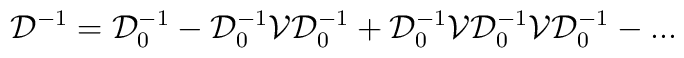
{\mathcal D}^{-1} = {\mathcal D}_0 ^{-1} - {\mathcal D}_0 ^{-1}{\mathcal V} {\mathcal D}_0 ^{-1} + {\mathcal D}_0 ^{-1} {\mathcal V}{\mathcal D}_0 ^{-1} {\mathcal V} {\mathcal D}_0 ^{-1}-...